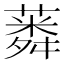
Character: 𦺸